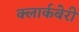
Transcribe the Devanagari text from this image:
क्लार्कबेरी